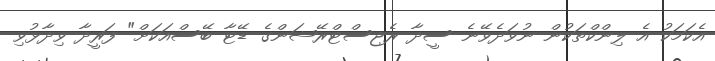
އެކަމަކު އެ ލިންކްތަކުން ނުވަދެވޭނެ ސީދާ ރެޖިސްޓްރޭޝަންގެ ޑޭޓާ ބޭސްއަކަށް" ފަރީދާ ވިދާޅުވި